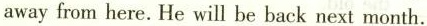
away from here. He will be back next month.